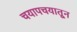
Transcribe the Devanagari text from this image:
चयापचयातून